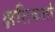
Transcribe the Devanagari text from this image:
क्षतिकर्ता